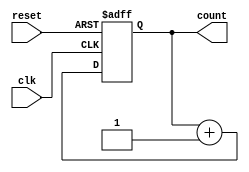
module n_bit_counter
#(
    parameter BIT_COUNT = 6
)
(
    input clk,
    input reset,
    output reg [BIT_COUNT - 1:0] count = 0
);

    always @(negedge clk or posedge reset) begin
        if (reset) begin
            count <= 0;
        end else begin
            count <= count + 1;
        end
    end

endmodule